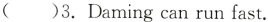
( )3.Daming can run fast.